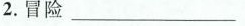
2.冒险___